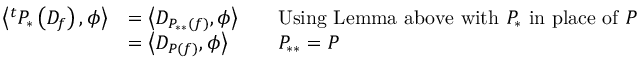
{ \begin{array} { r l r l } { \left\langle ^ { t } P _ { * } \left( D _ { f } \right) , \phi \right\rangle } & { = \left\langle D _ { P _ { * * } ( f ) } , \phi \right\rangle } & & { { \mathrm { U s i n g ~ L e m m a ~ a b o v e ~ w i t h ~ } } P _ { * } { \mathrm { ~ i n ~ p l a c e ~ o f ~ } } P } \\ & { = \left\langle D _ { P ( f ) } , \phi \right\rangle } & & { P _ { * * } = P } \end{array} }